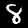
Digit: 8